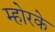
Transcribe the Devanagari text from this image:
म्होरके